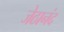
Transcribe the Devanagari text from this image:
जेठानंद